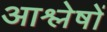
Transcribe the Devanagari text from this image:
आश्लेषों